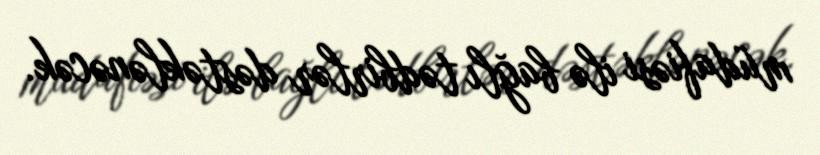
müdafiəsi ilə bağlı tədbirlər dəstəklənəcək.